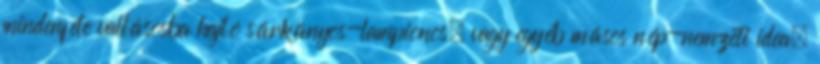
mindenféle vallásosba hajló sárkányos-lampionos, vagy egyéb másos nép-nemzeti idea.